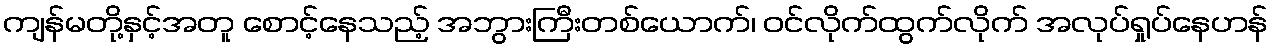
ကျန်မတို့နှင့်အတူ စောင့်နေသည့် အဘွားကြီးတစ်ယောက်၊ ဝင်လိုက်ထွက်လိုက် အလုပ်ရှုပ်နေဟန်